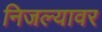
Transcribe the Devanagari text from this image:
निजल्यावर